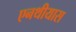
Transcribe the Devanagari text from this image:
एनथीयास